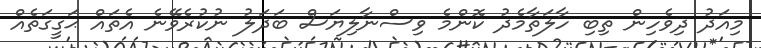
މިއަދު ދިވެހިން ތިބި ހާލަތާމެދު ކޮންމެ ވިސްނާލިޔަސް ބަދަލު ނުކުރެވޭނެ އެތައް ޙަގީގަތެއް